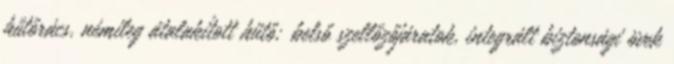
hűtőrács, némileg átalakított hűtő; belső szellőzőjáratok, integrált biztonsági övek